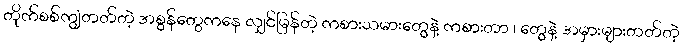
တိုက်စစ်ကျွံတတ်တဲ့ အစွန်တွေကနေ လျှင်မြန်တဲ့ ကစားသမားတွေနဲ့ ကစားတာ ၊ တွေနဲ့ အမှားများတတ်တဲ့